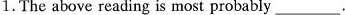
1. The above reading is most probably___